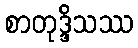
စာတုဒ္ဒိသဿ